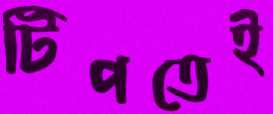
টিপতেই